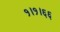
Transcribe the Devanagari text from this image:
१।१।६६